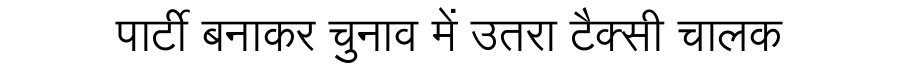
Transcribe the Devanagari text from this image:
पार्टी बनाकर चुनाव में उतरा टैक्सी चालक